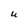
Character: U